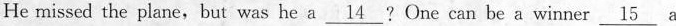
He missed the plane,but was he a\underline{14} ? One can be a winner \underline{15} a